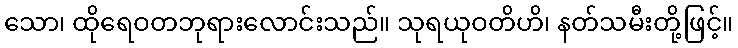
သော၊ ထိုရေဝတဘုရားလောင်းသည်။ သုရယုဝတိဟိ၊ နတ်သမီးတို့ဖြင့်။